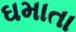
ઘમાતા